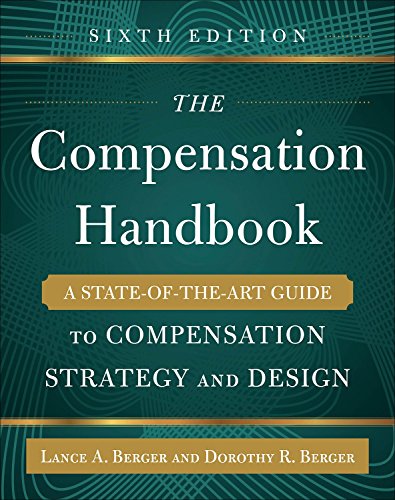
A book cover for The Compensation Handbook, Sixth Edition: A State-of-the-Art Guide to Compensation Strategy and Design; Lance Berger; Business & Money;